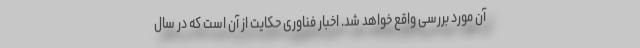
آن مورد بررسی واقع خواهد شد. اخبار فناوری حکایت از آن است که در سال